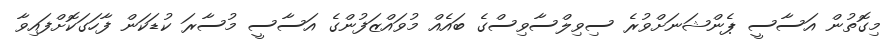
މިގޮތުން އަސާސީ ޕެންޝަނަށްވުރެ ސިވިލްސާވިސްގެ ބައެއް މުވައްޒަފުންގެ އަސާސީ މުސާރަ ކުޑަކަން ފާހަގަކޮށްފައިވާ